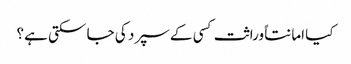
کیا امانتاً وراثت کسی کے سپرد کی جا سکتی ہے؟